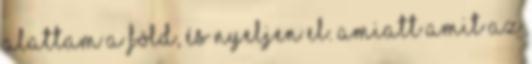
alattam a föld, és nyeljen el. Amiatt amit az